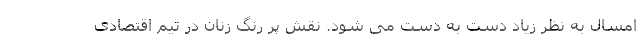
امسال به نظر زیاد دست به دست می شود. نقش پر رنگ زنان در تیم اقتصادی